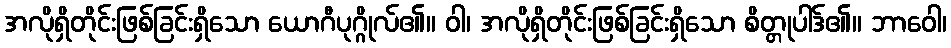
အလိုရှိတိုင်းဖြစ်ခြင်းရှိသော ယောဂီပုဂ္ဂိုလ်၏။ ဝါ၊ အလိုရှိတိုင်းဖြစ်ခြင်းရှိသော စိတ္တုပါဒ်၏။ ဘာဝေါ၊